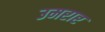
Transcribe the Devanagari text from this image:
उमरार